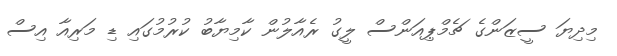
މިދިޔަ ސީޒަންގެ ޗެމްޕިއަންސް ލީގު ރެއާލުން ކާމިޔާބު ކުރުމުގައި ޑި މަރިއާ އިސް